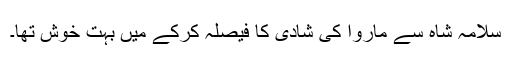
سلامہ شاہ سے ماروا کی شادی کا فیصلہ کرکے میں بہت خوش تھا۔